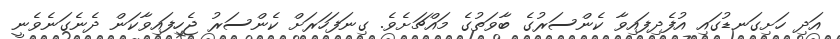
އަދި ހަށިގަނޑުގައި އުފެދިފައިވާ ކެންސަރުގެ ބާވަތުގެ މައްޗަށެވެ. ގިނަފަހަރަށް ކެންސަރު ޖެހިފައިވާކަން ދެނެގަނެވެނީ